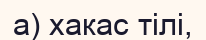
а) хакас тілі,